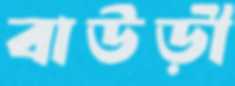
বাউড়ী